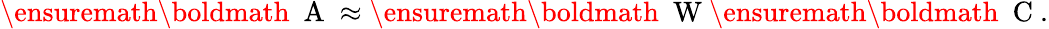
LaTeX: \begin{array}{r}{\ensuremath{{\mathchoice{\mathrm{\boldmath~\displaystyle~A~}}{\mathrm{\boldmath~\textstyle~A~}}{\mathrm{\boldmath~\scriptstyle~A~}}{\mathrm{\boldmath~\scriptscriptstyle~A~}}}}\approx\ensuremath{{\mathchoice{\mathrm{\boldmath~\displaystyle~W~}}{\mathrm{\boldmath~\textstyle~W~}}{\mathrm{\boldmath~\scriptstyle~W~}}{\mathrm{\boldmath~\scriptscriptstyle~W~}}}}\ensuremath{{\mathchoice{\mathrm{\boldmath~\displaystyle~C~}}{\mathrm{\boldmath~\textstyle~C~}}{\mathrm{\boldmath~\scriptstyle~C~}}{\mathrm{\boldmath~\scriptscriptstyle~C~}}}}.}\end{array}